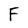
Character: F